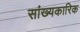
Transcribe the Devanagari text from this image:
सांख्यकारिक